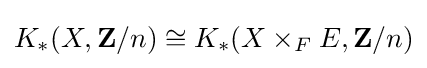
K_{*}(X,\mathbf {Z} /n)\cong K_{*}(X\times _{F}E,\mathbf {Z} /n)